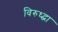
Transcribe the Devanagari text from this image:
विरुध्द्चा